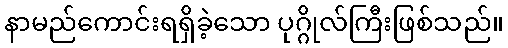
နာမည်ကောင်းရရှိခဲ့သော ပုဂ္ဂိုလ်ကြီးဖြစ်သည်။